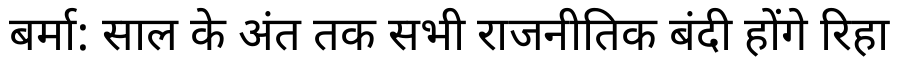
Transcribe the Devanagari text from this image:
बर्मा: साल के अंत तक सभी राजनीतिक बंदी होंगे रिहा